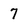
Character: 7